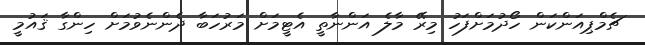
ޗެމްޕިއަންކަން ހޯދުމަށްފަހު މިރޭ މާލެ އަންނާތީ އެޓީމަށް މަރުހަބާ ދެންނެވުމަށް ހިންގާ ޤައުމީ